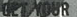
QET YOUR